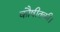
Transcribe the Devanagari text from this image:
कौषीतकी।